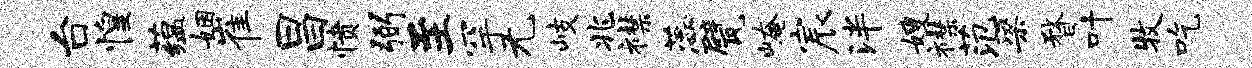
台惶蕴姻崔昌愤弼至罕无岐兆襟蕊甓崦宸泮嫂襟范梁瞀叶牧吃